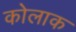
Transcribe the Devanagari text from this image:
कोलाक